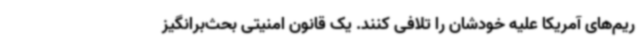
ریم‌های آمریکا علیه خودشان را تلافی کنند. یک قانون امنیتی بحث‌برانگیز